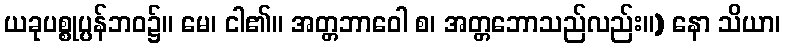
ယခုပစ္စုပ္ပန်ဘဝ၌။ မေ၊ ငါ၏။ အတ္တဘာဝေါ စ၊ အတ္တဘောသည်လည်း။) နော သိယာ၊